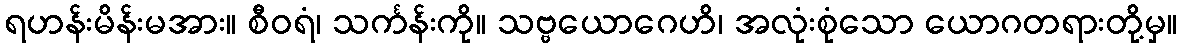
ရဟန်းမိန်းမအား။ စီဝရံ၊ သင်္ကန်းကို။ သဗ္ဗယောဂေဟိ၊ အလုံးစုံသော ယောဂတရားတို့မှ။